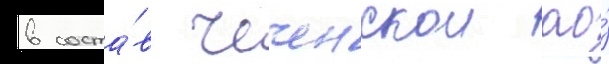
в соста́в чеченскои ао́